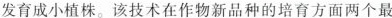
发育成小植株。该技术在作物新品种的培育方面两个最